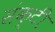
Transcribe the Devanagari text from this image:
संक्टी